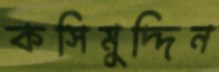
কসিমুদ্দিন